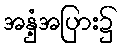
အနှံ့အပြား၌